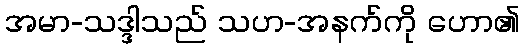
အမာ-သဒ္ဒါသည် သဟ-အနက်ကို ဟော၏